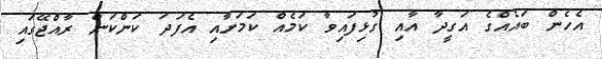
އެހެން ބައެއްގެ އަގީދާ އާއި ގުޅިފައިވާ ކަމެއް ކަމަށާއި އެފަދަ ކަންކަން ރާއްޖޭގައި